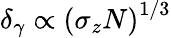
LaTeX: \delta_{\gamma}\propto\left(\sigma_{z}N\right)^{1/3}